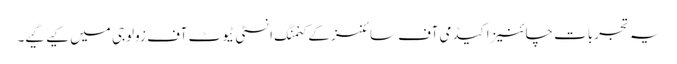
یہ تجربات چائنیز اکیڈمی آف سائنسز کے کنمنگ انسٹی ٹیوٹ آف زولوجی میں کیے گیے۔